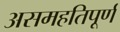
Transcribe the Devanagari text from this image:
असमहतिपूर्ण